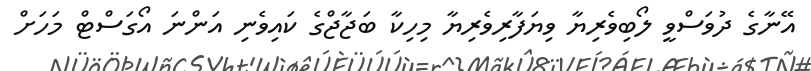
އޭނާގެ ދުވަސްވީ ލޯބިވެރިޔާ ވިޔަފާރިވެރިޔާ މިހިކާ ބަޖާޖްގެ ކައިވެނި އަންނަ އޯގަސްޓް މަހަށް